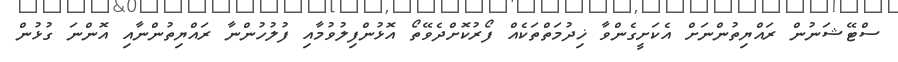
ސްޓޭޝަނުން ރައްޔިތުންނަށް އެކަށީގެންވާ ޚިދުމަތްތަކެއް ފޯރުކޮށްދެވޭތޯ އޮޅުންފިލުވުމާއި ފުލުހުންނާ ރައްޔިތުންނާއި އޮންނަ ގުޅުން